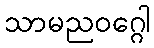
သာမညဝဂ္ဂေါ